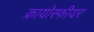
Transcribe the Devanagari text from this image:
क्रायोस्फीयर